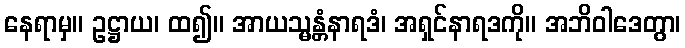
နေရာမှ။ ဥဋ္ဌာယ၊ ထ၍။ အာယသ္မန္တံနာရဒံ၊ အရှင်နာရဒကို။ အဘိဝါဒေတွာ၊